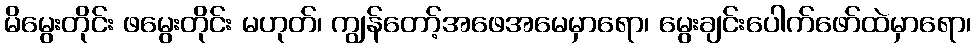
မိမွေးတိုင်း ဖမွေးတိုင်း မဟုတ်၊ ကျွန်တော့်အဖေအမေမှာရော၊ မွေးချင်းပေါက်ဖော်ထဲမှာရော၊